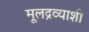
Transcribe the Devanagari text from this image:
मूलद्रव्याशी